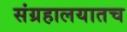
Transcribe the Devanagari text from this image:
संग्रहालयातच